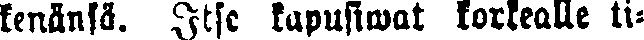
kenänsä. Itse kapusiwat korkealle ti-